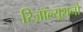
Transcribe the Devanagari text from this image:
रिज़ॉल्यूशनों